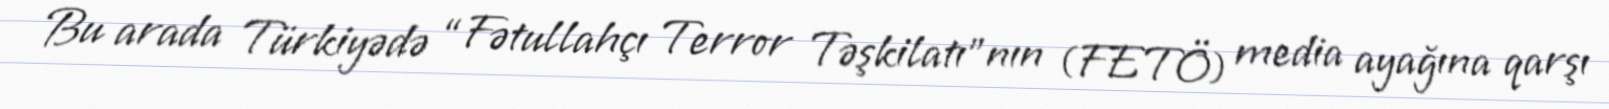
Bu arada Türkiyədə “Fətullahçı Terror Təşkilatı”nın (FETÖ) media ayağına qarşı